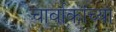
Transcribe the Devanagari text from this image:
चार्वाकांच्या